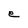
Character: e